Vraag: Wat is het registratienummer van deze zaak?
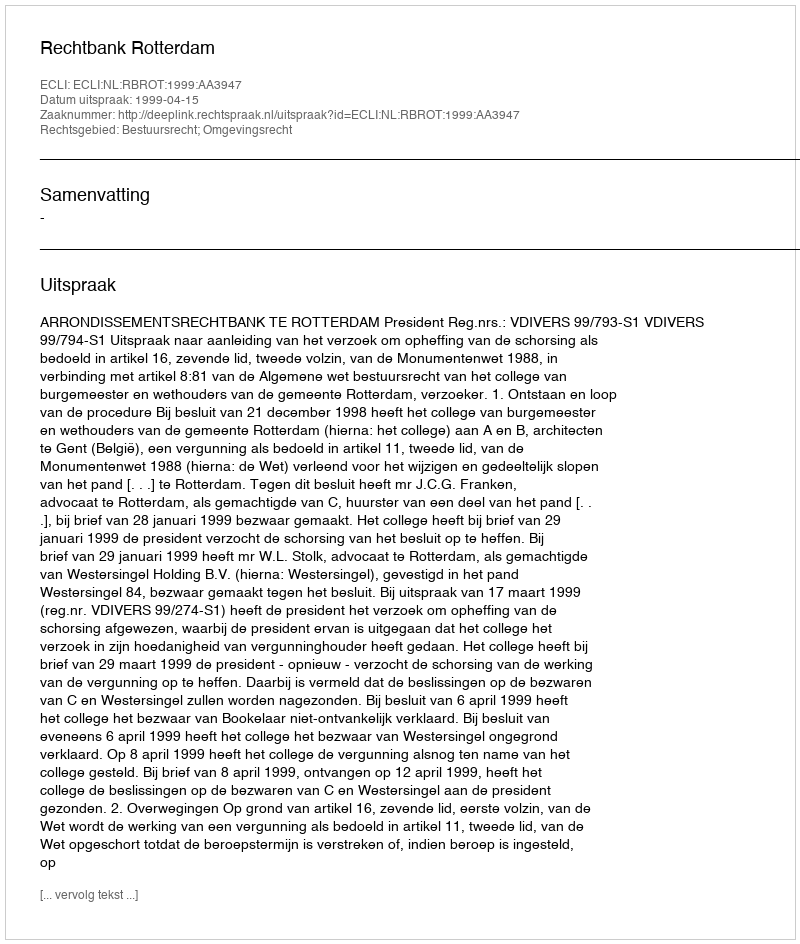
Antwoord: http://deeplink.rechtspraak.nl/uitspraak?id=ECLI:NL:RBROT:1999:AA3947